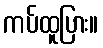
ကပ်ထူပြား။